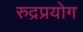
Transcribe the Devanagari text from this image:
रुद्रप्रयोग